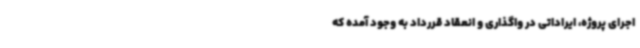
اجرای پروژه، ایراداتی در واگذاری و انعقاد قررداد به وجود آمده که